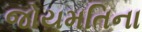
જોયમતિના